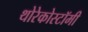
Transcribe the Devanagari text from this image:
थोरेकोस्टॉमी